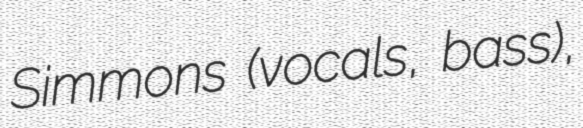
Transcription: Simmons (vocals, bass),